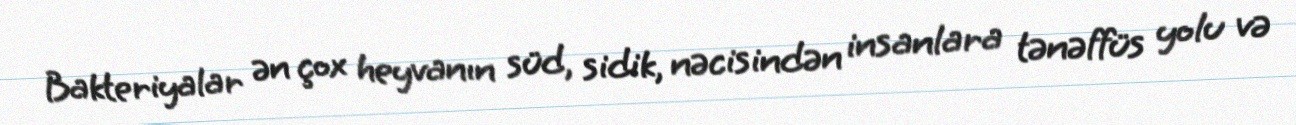
Bakteriyalar ən çox heyvanın süd, sidik, nəcisindən insanlara tənəffüs yolu və